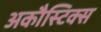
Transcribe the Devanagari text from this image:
अकौस्टिक्स